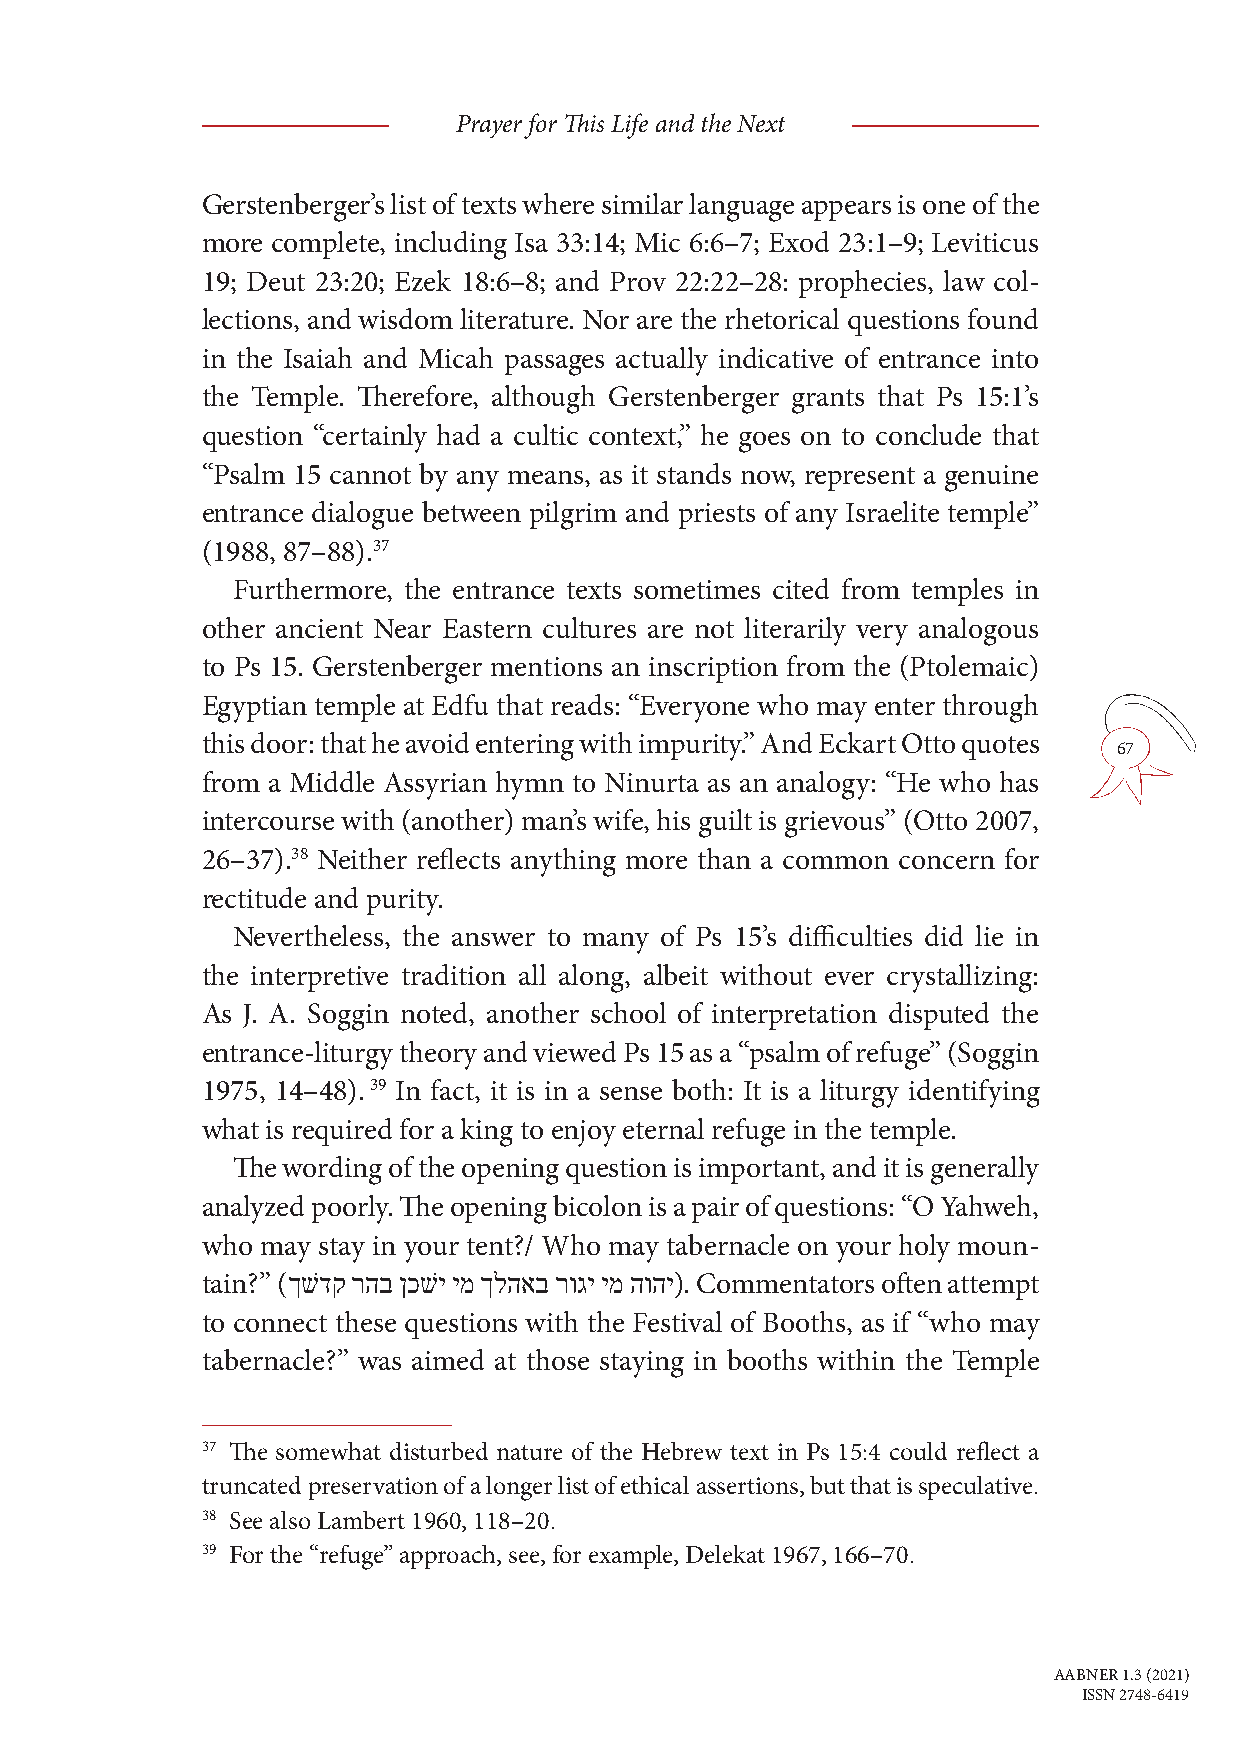
Prayer for This Life and the Next
 Gerstenberger’s list of texts where similar language appears is one of the
 more complete, including Isa 33:14; Mic 6:6–7; Exod 23:1–9; Leviticus
 19; Deut 23:20; Ezek 18:6–8; and Prov 22:22–28: prophecies, law col-
 lections, and wisdom literature. Nor are the rhetorical questions found
 in the Isaiah and Micah passages actually indicative of entrance into
 the Temple. Therefore, although Gerstenberger grants that Ps 15:1’s
 question “certainly had a cultic context,” he goes on to conclude that
 “Psalm 15 cannot by any means, as it stands now, represent a genuine
 entrance dialogue between pilgrim and priests of any Israelite temple”
 (1988, 87–88).37
 Furthermore, the entrance texts sometimes cited from temples in
 other ancient Near Eastern cultures are not literarily very analogous
 to Ps 15. Gerstenberger mentions an inscription from the (Ptolemaic)
 Egyptian temple at Edfu that reads: “Everyone who may enter through
 this door: that he avoid entering with impurity.” And Eckart Otto quotes
 67
 from a Middle Assyrian hymn to Ninurta as an analogy: “He who has
 intercourse with (another) man’s wife, his guilt is grievous” (Otto 2007,
 26–37).38 Neither reflects anything more than a common concern for
 rectitude and purity.
 Nevertheless, the answer to many of Ps 15’s difficulties did lie in
 the interpretive tradition all along, albeit without ever crystallizing:
 As J. A. Soggin noted, another school of interpretation disputed the
 entrance-liturgy theory and viewed Ps 15 as a “psalm of refuge” (Soggin
 1975, 14–48). 39 In fact, it is in a sense both: It is a liturgy identifying
 what is required for a king to enjoy eternal refuge in the temple.
 The wording of the opening question is important, and it is generally
 analyzed poorly. The opening bicolon is a pair of questions: “O Yahweh,
 who may stay in your tent?/ Who may tabernacle on your holy moun-
 tain?” (ךשׁדק רהב ןכשׁי ימ ךלהאב רוגי ימ הוהי). Commentators often attempt
 to connect these questions with the Festival of Booths, as if “who may
 tabernacle?” was aimed at those staying in booths within the Temple
 37 The somewhat disturbed nature of the Hebrew text in Ps 15:4 could reflect a
 truncated preservation of a longer list of ethical assertions, but that is speculative.
 38 See also Lambert 1960, 118–20.
 39 For the “refuge” approach, see, for example, Delekat 1967, 166–70.
 AABNER 1.3 (2021)
 ISSN 2748-6419